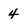
Character: 4